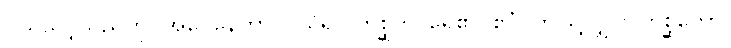
ပယ်သင့်သည်ကို။ အပေနေတွာ၊ ပယ်၍။ တစ္ဆတိ၊ ရွေ၏။ ဧဝံ၊ ဤသို့လျှင်။ တစ္ဆကော၊